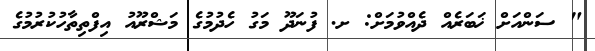
" ސަންއަށް ޚަބަރެއް ދެއްވުމަށް: ށ. ފުނަދޫ މަގު ހެދުމުގެ މަޝްރޫއު އިފްތިތާހުކުރުމުގެ